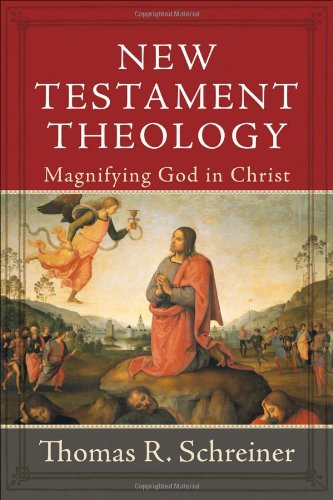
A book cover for New Testament Theology: Magnifying God in Christ; Thomas R. Schreiner; Christian Books & Bibles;